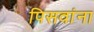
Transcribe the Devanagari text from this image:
पिसवांना